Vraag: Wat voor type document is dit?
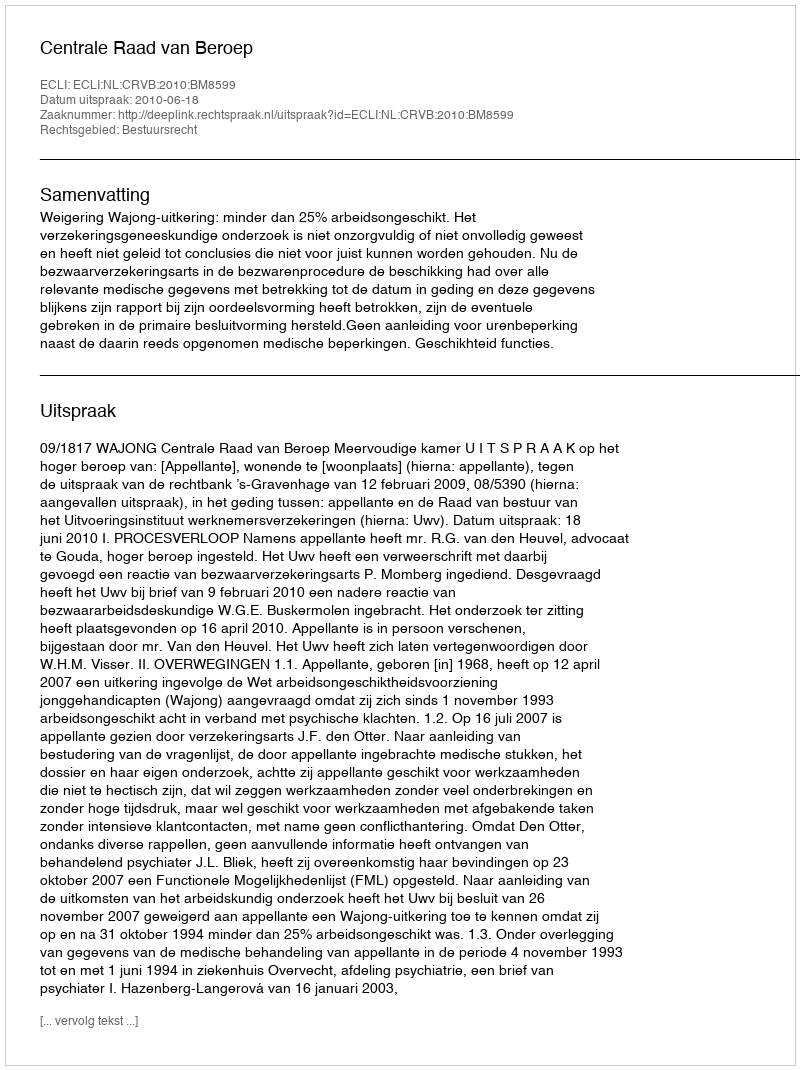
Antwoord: Uitspraak